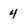
Character: 4